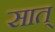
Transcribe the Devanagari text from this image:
सात्